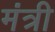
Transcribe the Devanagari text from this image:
मंत्री